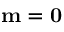
\mathbf m = { \bf 0 }